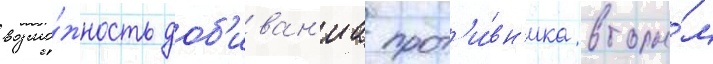
возмо́жность доб'иван'иа прот'и́вн'ика вторы́м